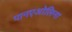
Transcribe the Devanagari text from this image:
पानएओलिना